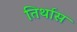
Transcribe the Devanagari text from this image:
तिर्थास